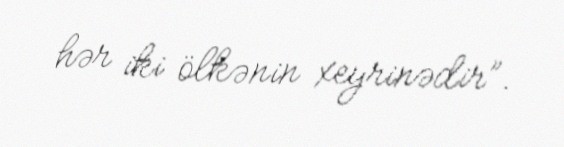
hər iki ölkənin xeyrinədir”.